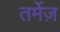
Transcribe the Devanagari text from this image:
तर्मेज़